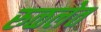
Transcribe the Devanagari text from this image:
रुळलेत